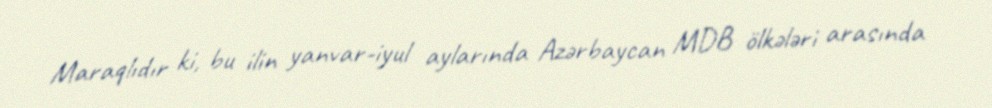
Maraqlıdır ki, bu ilin yanvar-iyul aylarında Azərbaycan MDB ölkələri arasında